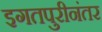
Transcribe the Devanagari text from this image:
इगतपुरीनंतर